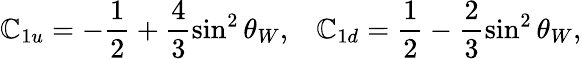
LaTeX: \mathbb{C}_{1u}=-\frac{{1}}{{2}}+\frac{{4}}{{3}}\sin^{2}\theta_{W},\; \; \; \mathbb{C}_{1d}=\frac{{1}}{{2}}-\frac{{2}}{{3}}\sin^{2}\theta_{W},